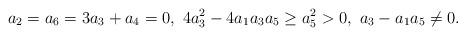
LaTeX: \begin{align*}a_2=a_6=3a_3+a_4=0,\ 4 a_3^2 - 4 a_1 a_3 a_5 \geq a_5^2>0,\ a_3-a_1 a_5\neq 0.\end{align*}